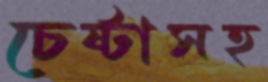
চেষ্টাসহ